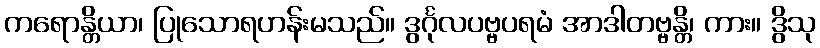
ကရောန္တိယာ၊ ပြုသောရဟန်းမသည်။ ဒွင်္ဂုလပဗ္ဗပရမံ အာဒါတဗ္ဗန္တိ၊ ကား။ ဒွိသု